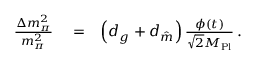
\begin{array} { r l r } { \frac { \Delta m _ { \pi } ^ { 2 } } { m _ { \pi } ^ { 2 } } } & { { } = } & { \left( d _ { g } + d _ { \hat { m } } \right) \frac { \phi ( t ) } { \sqrt { 2 } M _ { \mathrm { P l } } } \, . } \end{array}